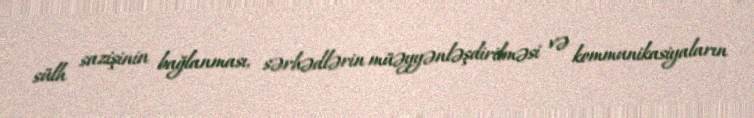
sülh sazişinin bağlanması, sərhədlərin müəyyənləşdirilməsi və kommunikasiyaların